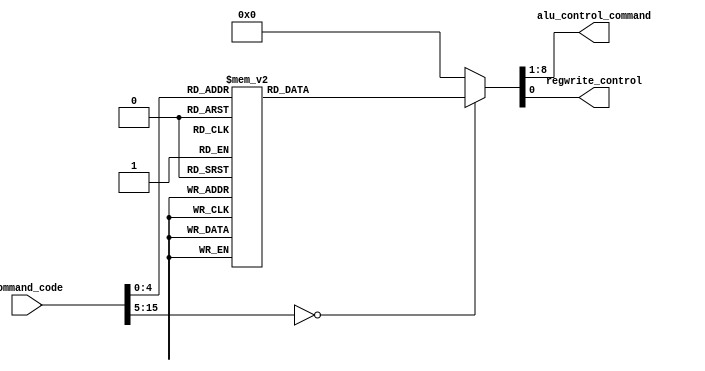
module CONTROL (
    input [15:0] command_code,
    output reg [7:0] alu_control_command,
    output reg regwrite_control
);

    always @(command_code)
    begin
        regwrite_control = 1;

        case (command_code)
            16'b0000_0000_0000_0001: alu_control_command = 8'b0000_0001; // ADD
            16'b0000_0000_0000_0010: alu_control_command = 8'b0000_0010; // SUB
            16'b0000_0000_0000_0011: alu_control_command = 8'b0000_0011; // MUL
            16'b0000_0000_0000_0100: alu_control_command = 8'b0000_0100; // Bitwise AND
            16'b0000_0000_0000_0101: alu_control_command = 8'b0000_0101; // Bitwise OR
            16'b0000_0000_0000_0110: alu_control_command = 8'b0000_0110; // Bitwise NOT
            16'b0000_0000_0000_0111: alu_control_command = 8'b0000_0111; // Bitwise XOR
            16'b0000_0000_0000_1000: alu_control_command = 8'b0000_1000; // Left Shift B times
            16'b0000_0000_0000_1001: alu_control_command = 8'b0000_1001; // Right Shift B times
            16'b0000_0000_0000_1010: alu_control_command = 8'b0000_1010; // A > B
            16'b0000_0000_0000_1011: alu_control_command = 8'b0000_1011; // A < B
            16'b0000_0000_0000_1100: alu_control_command = 8'b0000_1100; // A == B
            16'b0000_0000_0000_1101: alu_control_command = 8'b0000_1101; // Set counter value as A
            16'b0000_0000_0000_1110: alu_control_command = 8'b0000_1110; // Increment counter value
            16'b0000_0000_0000_1111: alu_control_command = 8'b0000_1111; // Decrement counter value
            16'b0000_0000_0001_0000: alu_control_command = 8'b0001_0000; // ADD using carry
            default: 
                begin
                    alu_control_command = 8'b0000_0000; // Default value
                    regwrite_control = 0; // Disable regwrite by default
                end
        endcase
    end
endmodule